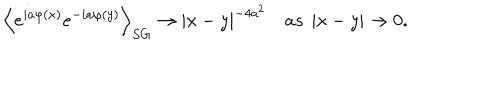
\left\langle e ^ { i a \varphi \left( x \right) } e ^ { - i a \varphi \left( y \right) } \right\rangle _ { S G } \rightarrow \left| x - y \right| ^ { - 4 a ^ { 2 } } \quad a s \ \left| x - y \right| \rightarrow 0 .